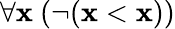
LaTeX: \forall\mathbf{x}\ (\neg(\mathbf{x}<\mathbf{x}))